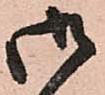
御